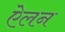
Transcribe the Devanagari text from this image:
एेलन